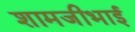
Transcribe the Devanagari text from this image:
शामजीभाई